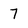
Character: 7